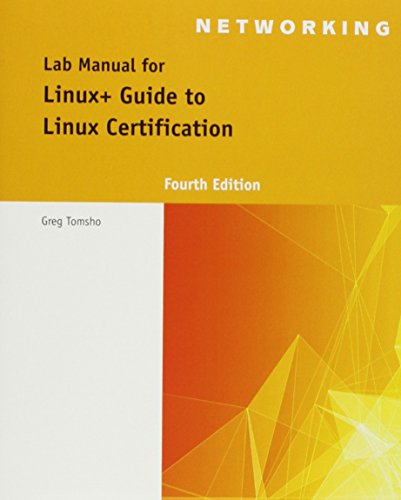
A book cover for Lab Manual for Linux+ Guide to Linux Certification; Tomsho Tomsho; Computers & Technology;